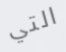
التي